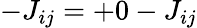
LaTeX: -J_{ij}=+0-J_{ij}